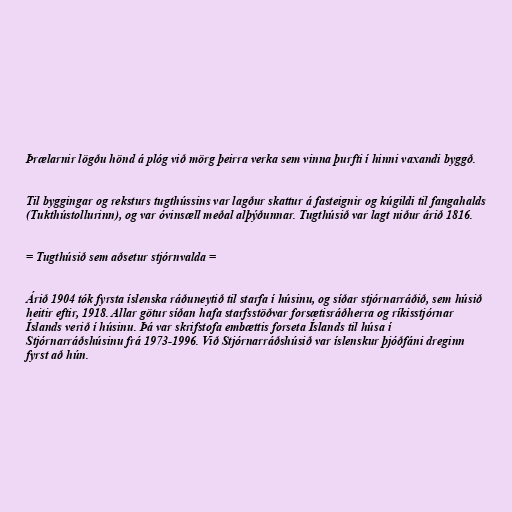
Þrælarnir lögðu hönd á plóg við mörg þeirra verka sem vinna þurfti í hinni vaxandi byggð.

Til byggingar og reksturs tugthússins var lagður skattur á fasteignir og kúgildi til fangahalds
(Tukthústollurinn), og var óvinsæll meðal alþýðunnar. Tugthúsið var lagt niður árið 1816.

= Tugthúsið sem aðsetur stjórnvalda =

Árið 1904 tók fyrsta íslenska ráðuneytið til starfa í húsinu, og síðar stjórnarráðið, sem húsið
heitir eftir, 1918. Allar götur síðan hafa starfsstöðvar forsætisráðherra og ríkisstjórnar
Íslands verið í húsinu. Þá var skrifstofa embættis forseta Íslands til húsa í
Stjórnarráðshúsinu frá 1973-1996. Við Stjórnarráðshúsið var íslenskur þjóðfáni dreginn
fyrst að hún.